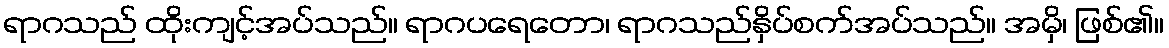
ရာဂသည် ထိုးကျင့်အပ်သည်။ ရာဂပရေတော၊ ရာဂသည်နှိပ်စက်အပ်သည်။ အမှိ၊ ဖြစ်၏။